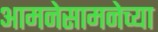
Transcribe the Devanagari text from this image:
आमनेसामनेच्या